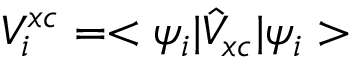
V _ { i } ^ { x c } = < \psi _ { i } | \hat { V } _ { x c } | \psi _ { i } >